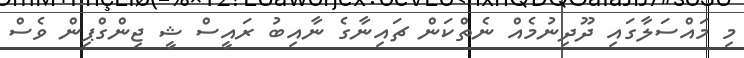
މި މައްސަލާގައި ދޫދިނުމެއް ނެތްކަން ޗައިނާގެ ނާއިބު ރައީސް ޝީ ޖިންގްޕިން ވެސް